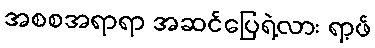
အစစအရာရာ အဆင်ပြေရဲ့လား ရာ့ဖ်